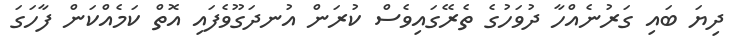
ދިޔަ ބައި ގަރުނެއްހާ ދުވަހުގެ ތެރޭގައިވެސް ކުރަން އުނދަގޫވެފައި އޮތް ކަމެއްކަން ފާހަގަ